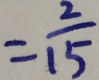
= \frac { 2 } { 1 5 }